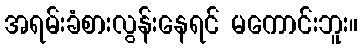
အရမ်းခံစားလွန်းနေရင် မကောင်းဘူး။